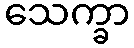
သေက္ခာ